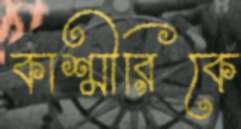
কাশ্মীরিকে